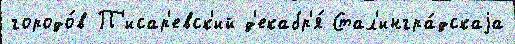
городо́в П'исар'евск'ий д'екабр'я́ Стал'ингра́дскаjа